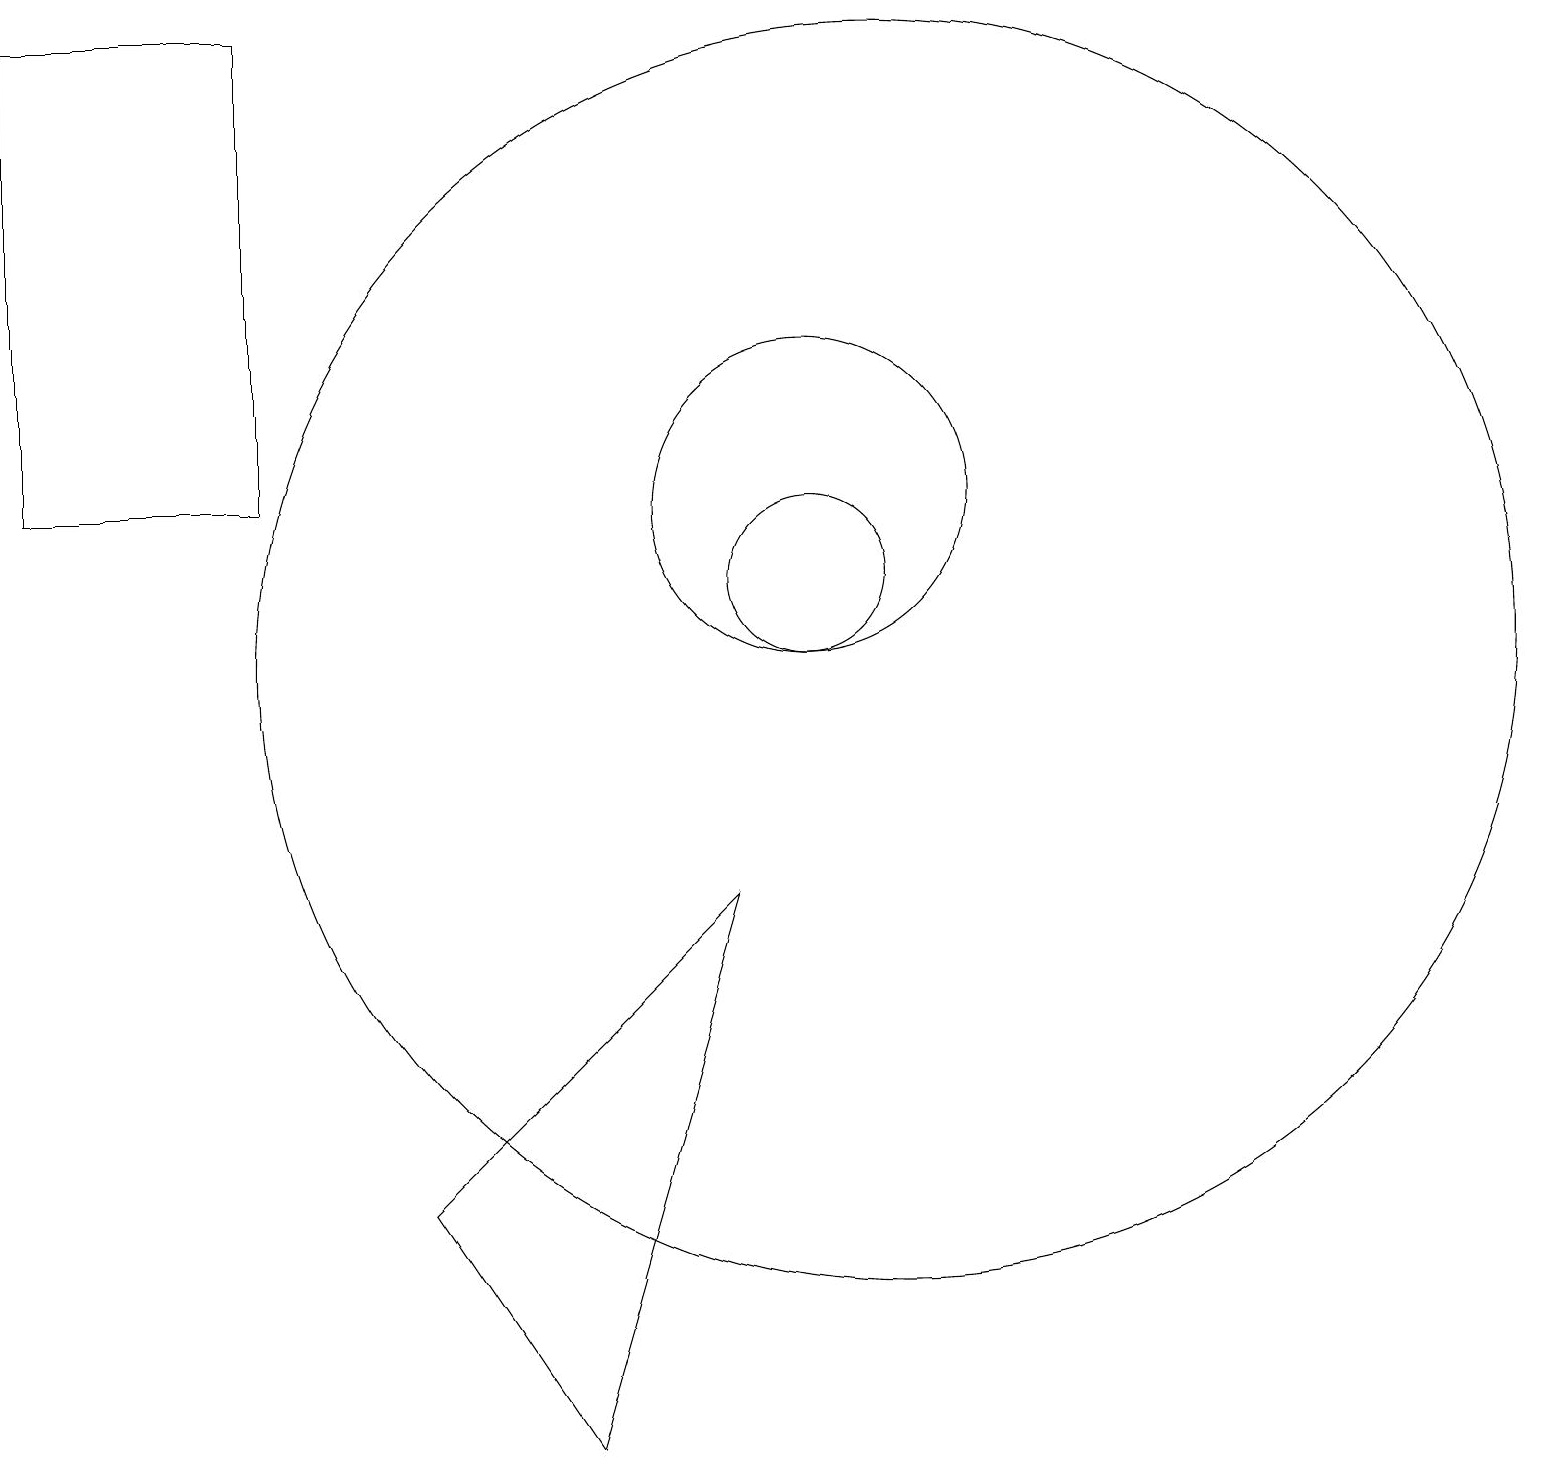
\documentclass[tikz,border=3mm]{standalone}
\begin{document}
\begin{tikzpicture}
\draw (10,11) circle (1);
\draw (0,18) rectangle (3,12);
\draw (11,10) circle (8);
\draw (9,7) -- (7,0) -- (5,3) -- cycle;
\draw (10,12) circle (2);
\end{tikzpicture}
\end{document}